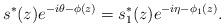
LaTeX: \begin{align*} s^*(z)e^{-i\theta-\phi(z)}=s^*_1(z)e^{-i\eta-\phi_1(z)}.\end{align*}